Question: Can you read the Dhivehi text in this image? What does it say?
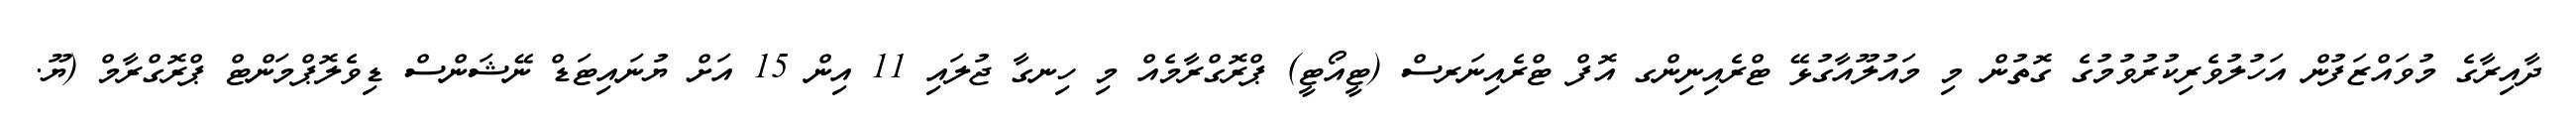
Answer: ދާއިރާގެ މުވައްޒަފުން އަހުލުވެރިކުރުވުމުގެ ގޮތުން މި މައުލޫއާގުޅޭ ޓްރެއިނިންގ އޮފް ޓްރެއިނަރސް (ޓީއޯޓީ) ޕްރޮގްރާމެއް މި ހިނގާ ޖުލައި 11 އިން 15 އަށް ޔުނައިޓަޑް ނޭޝަންސް ޑިވެލޮޕްމަންޓް ޕްރޮގްރާމް (ޔޫ.